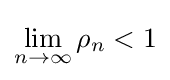
\lim _{n\to \infty }\rho _{n}<1